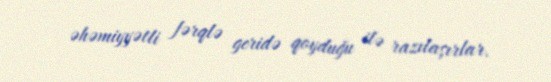
əhəmiyyətli fərqlə geridə qoyduğu ilə razılaşırlar.